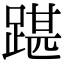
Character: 踸